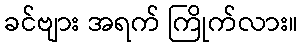
ခင်ဗျား အရက် ကြိုက်လား။